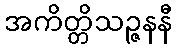
အကိတ္တိသဉ္ဇနနီ